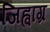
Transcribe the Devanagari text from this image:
जिह्वाग्र